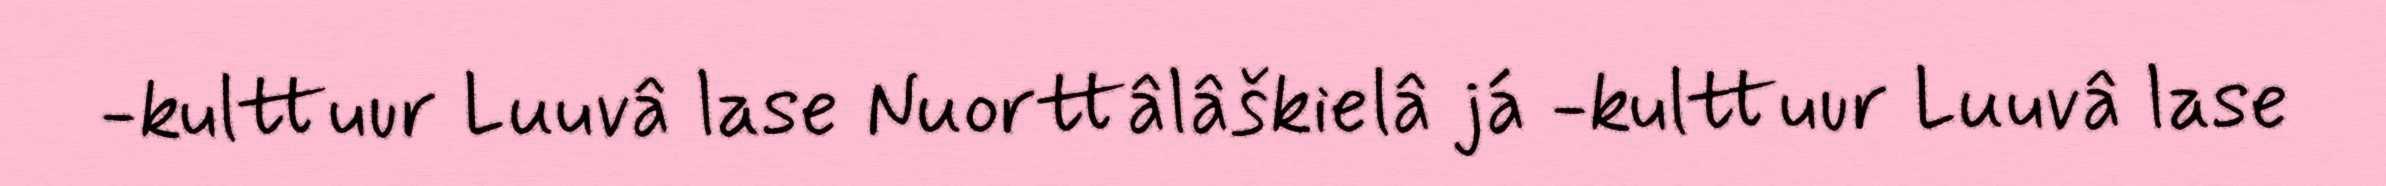
-kulttuur Luuvâ lase Nuorttâlâškielâ já -kulttuur Luuvâ lase